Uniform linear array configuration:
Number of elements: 48
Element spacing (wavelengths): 0.5
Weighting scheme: binomial
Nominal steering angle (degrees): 45
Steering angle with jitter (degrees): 46.548
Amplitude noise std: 0.05
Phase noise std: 0.05

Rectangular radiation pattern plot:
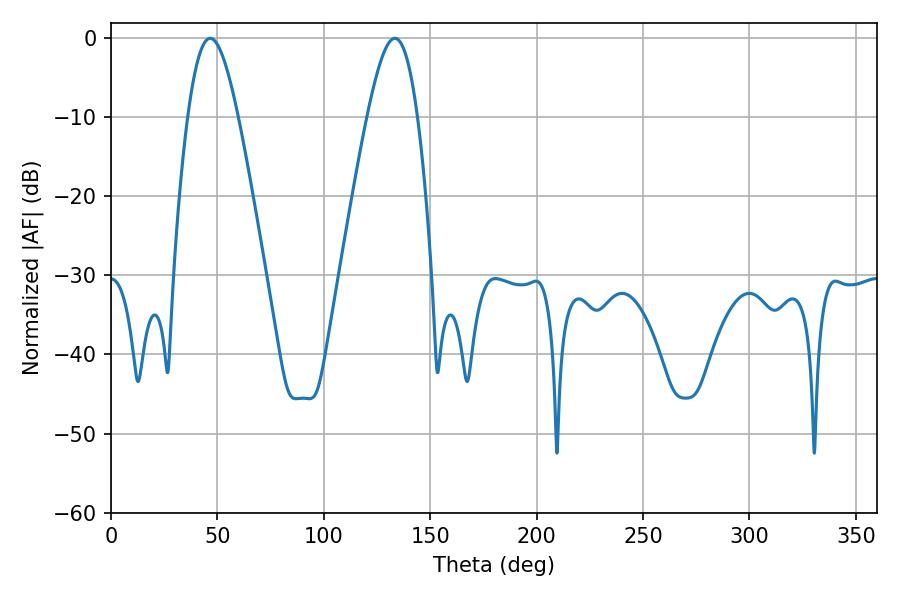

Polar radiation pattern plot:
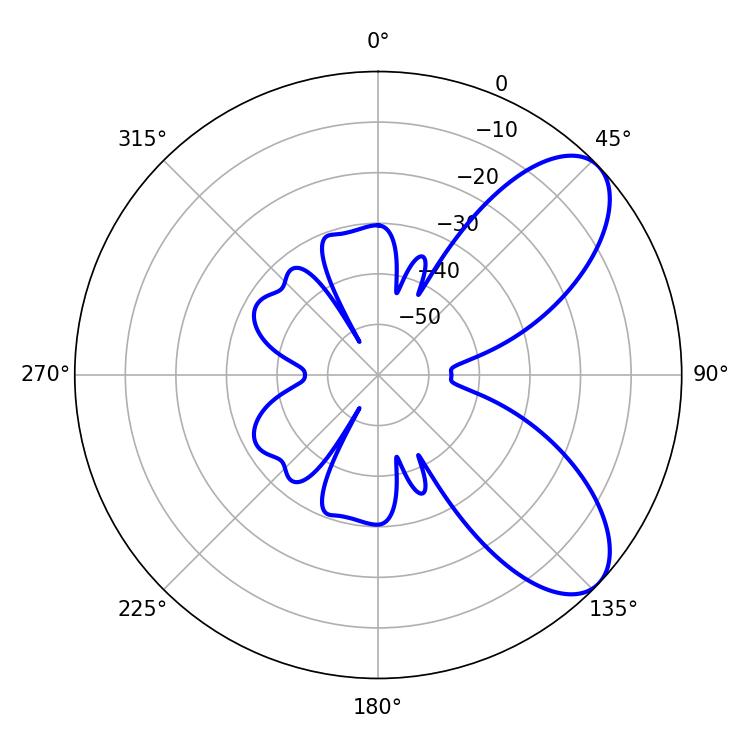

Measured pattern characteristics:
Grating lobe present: FALSE
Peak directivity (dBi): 7.531
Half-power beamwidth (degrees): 12.6
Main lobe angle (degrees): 46.62